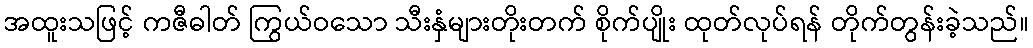
အထူးသဖြင့် ကဇီဓါတ် ကြွယ်ဝသော သီးနှံများတိုးတက် စိုက်ပျိုး ထုတ်လုပ်ရန် တိုက်တွန်းခဲ့သည်။